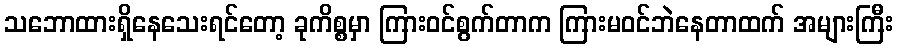
သဘောထားရှိနေသေးရင်တော့ ခုကိစ္စမှာ ကြားဝင်စွက်တာက ကြားမဝင်ဘဲနေတာထက် အများကြီး